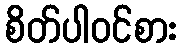
စိတ်ပါဝင်စား